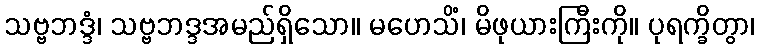
သဗ္ဗဘဒ္ဒံ၊ သဗ္ဗဘဒ္ဒအမည်ရှိသော။ မဟေသိံ၊ မိဖုယားကြီးကို။ ပုရက္ခိတွာ၊